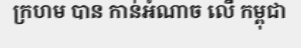
ក្រហម បាន កាន់អំណាច លើ កម្ពុជា